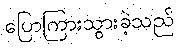
ပြောကြားသွားခဲ့သည်